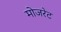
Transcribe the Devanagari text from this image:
मोजरेट